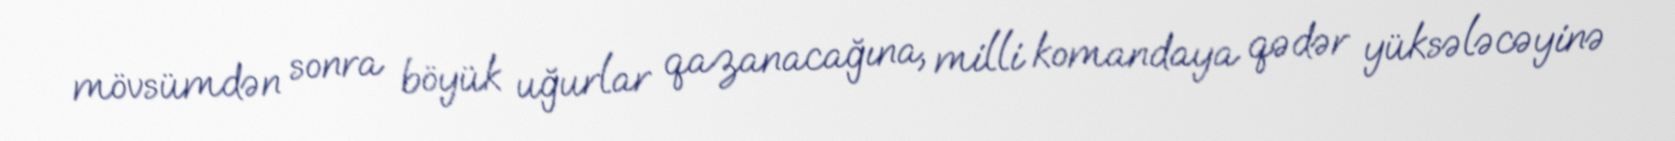
mövsümdən sonra böyük uğurlar qazanacağına, milli komandaya qədər yüksələcəyinə